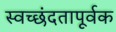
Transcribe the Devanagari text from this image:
स्वच्छंदतापूर्वक